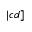
| c d ]